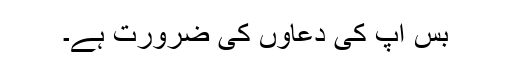
بس آپ کی دعاؤں کی ضرورت ہے۔